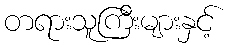
တရားသူကြီးများနှင့်